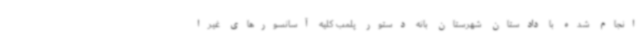
انجام شده با دادستان شهرستان بانه دستور پلمب کلیه آسانسورهای غیرا